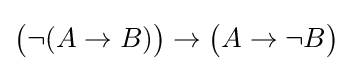
{\big (}\neg (A\to B){\big )}\to {\big (}A\to \neg B{\big )}